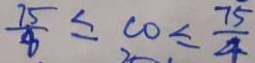
\frac { 7 5 } { 8 } \leq c o \leq \frac { 7 5 } { 4 }